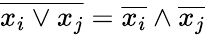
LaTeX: \overline{{x_{i}\vee x_{j}}}=\overline{{x_{i}}}\wedge\overline{{x_{j}}}